Investigations on Bengal jail dietaries - Number 37
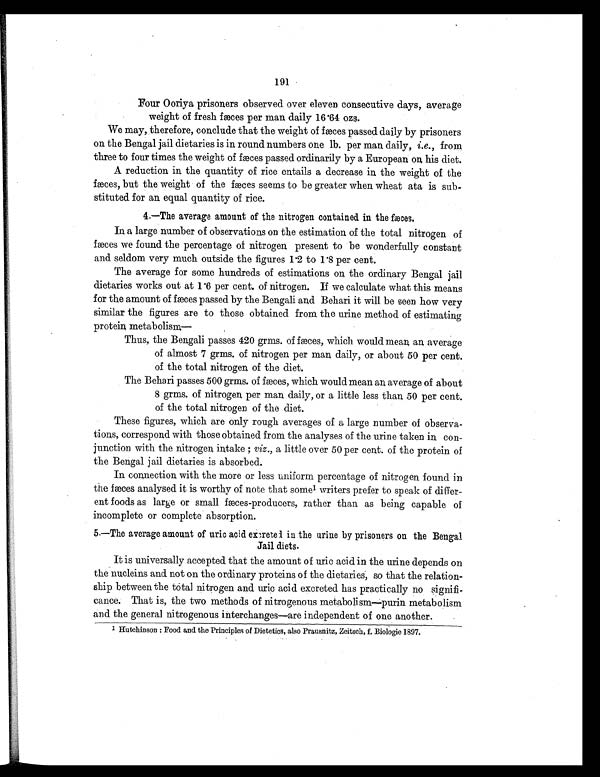
191
Four Ooriya prisoners observed over eleven consecutive days, average
weight of fresh fæces per man daily 16.64 ozs.
We may, therefore, conclude that the weight of fæces passed daily by prisoners
on the Bengal jail dietaries is in round numbers one lb. per man daily, i.e., from
three to four times the weight of fæces passed ordinarily by a European on his diet.
A reduction in the quantity of rice entails a decrease in the weight of the
fæces, but the weight of the fæces seems to be greater when wheat ata is sub-
stituted for an equal quantity of rice.
4.—The average amount of the nitrogen contained in the fæces.
In a large number of observations on the estimation of the total nitrogen of
fæces we found the percentage of nitrogen present to be wonderfully constant
and seldom very much outside the figures 1.2 to 1.8 per cent.
The average for some hundreds of estimations on the ordinary Bengal jail
dietaries works out at 1.6 per cent. of nitrogen. If we calculate what this means
for the amount of fæces passed by the Bengali and Behari it will be seen how very
similar the figures are to those obtained from the urine method of estimating
protein metabolism—
Thus, the Bengali passes 420 grins. of fæces, which would mean an average
of almost 7 grms. of nitrogen per man daily, or about 50 per cent.
of the total nitrogen of the diet.
The Behari passes 500 grms. of fæces, which would mean an, average of about
8 grms. of nitrogen per man daily, or a little less than 50 per cent.
of the total nitrogen of the diet.
These figures, which are only rough averages of a large number of observa-
tions, correspond with those obtained from the analyses of the urine taken in con-
junction with the nitrogen intake ; viz., a little over 50 per cent. of the protein of
the Bengal jail dietaries is absorbed.
In connection with the more or less uniform percentage of nitrogen found in
the fæces analysed it is worthy of note that some1 writers prefer to speak of differ-
ent foods as large or small fæces-producers, rather than as being capable of
incomplete or complete absorption.
5.—The average amount of uric acid excreted in the urine by prisoners on the Bengal
Jail diets.
It is universally accepted that the amount of uric acid in the urine depends on
the nucleins and not on the ordinary proteins of the dietaries, so that the relation-
ship between the total nitrogen and uric acid excreted has practically no signifi-
cance. That is, the two methods of nitrogenous metabolism—purin metabolism
and the general nitrogenous interchanges—are independent of one another
.
1Hutchinson : Food and the Principles of Dietetics, also Prausnits, Zeitsch , f. Biologie 1897. .